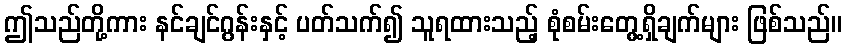
ဤသည်တို့ကား နင်ချင်ဂွန်းနှင့် ပတ်သက်၍ သူရထားသည့် စုံစမ်းတွေ့ရှိချက်များ ဖြစ်သည်။